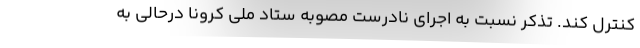
کنترل کند. تذکر نسبت به اجرای نادرست مصوبه ستاد ملی کرونا درحالی به